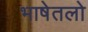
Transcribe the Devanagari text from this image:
भाषेतलो